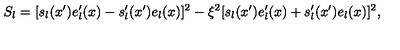
S _ { l } = [ s _ { l } ( x ^ { \prime } ) e _ { l } ^ { \prime } ( x ) - s _ { l } ^ { \prime } ( x ^ { \prime } ) e _ { l } ( x ) ] ^ { 2 } - \xi ^ { 2 } [ s _ { l } ( x ^ { \prime } ) e _ { l } ^ { \prime } ( x ) + s _ { l } ^ { \prime } ( x ^ { \prime } ) e _ { l } ( x ) ] ^ { 2 } ,